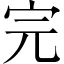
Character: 完